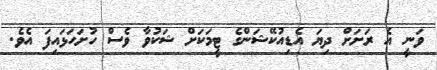
ވަނީ އެ ރަށަށް ދިޔަ އެޑިއުކޭޝަންގެ ޓީމަކަށް ޝަކުވާ ވެސް ހުށަހަޅައިފަ އެވެ.